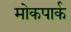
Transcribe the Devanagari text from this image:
मोकपार्क